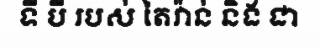
ទី បី របស់ តៃវ៉ាន់ និង ជា